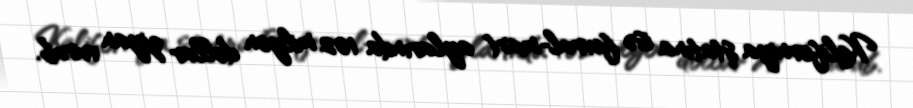
Kaliforniya ştatına isə fevral-mart aylarında 102 milyon dollar ziyan vurub.